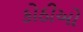
કોઠીઓ